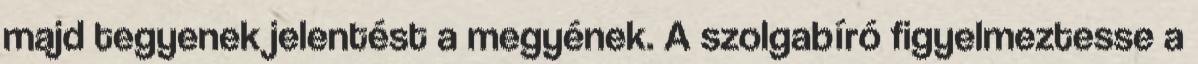
majd tegyenek jelentést a megyének. A szolgabíró figyelmeztesse a